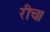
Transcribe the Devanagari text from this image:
रीच।